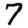
Digit: 7